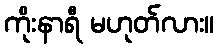
ကိုးနာရီ မဟုတ်လား။